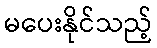
မပေးနိုင်သည့်